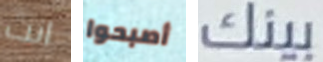
انت أصبحوا بينك